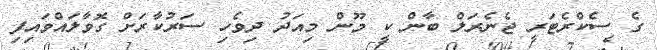
ގެ ސެކްރެޓަރީ ޖެނެރަލް ބާން ކީ މޫން މިއަދު ދިވެހި ސަރުކާރަށް ގޮވާލައްވައިފި